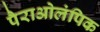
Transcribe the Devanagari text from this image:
पैराओलंपिक